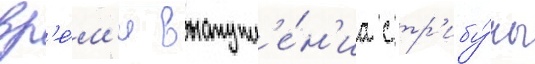
вр'е́м'я выступл'е́н'иа с тр'ибу́ны